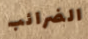
الضرائب